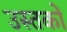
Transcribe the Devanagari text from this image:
उस्तकों